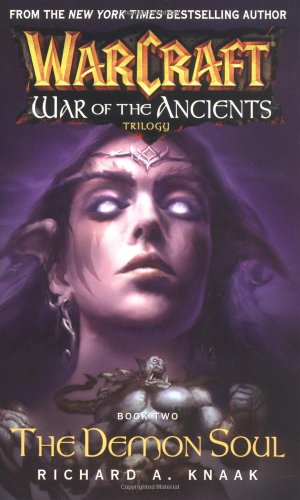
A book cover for Warcraft: War of the Ancients #2: The Demon Soul (Bk. 2); Richard A. Knaak; Science Fiction & Fantasy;